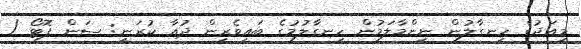
މިއަދުގެ ހިނގާލުން ނިންމާލަމުން ހިނގާލުމުގެ ބައިވެރިން ދުއާ ކުރަނީ: ސަން ފޮޓޯ /